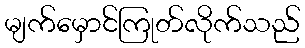
မျက်မှောင်ကြုတ်လိုက်သည်